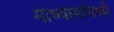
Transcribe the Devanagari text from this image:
माध्यामांमध्ये